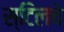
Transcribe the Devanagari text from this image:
स्टिलचे